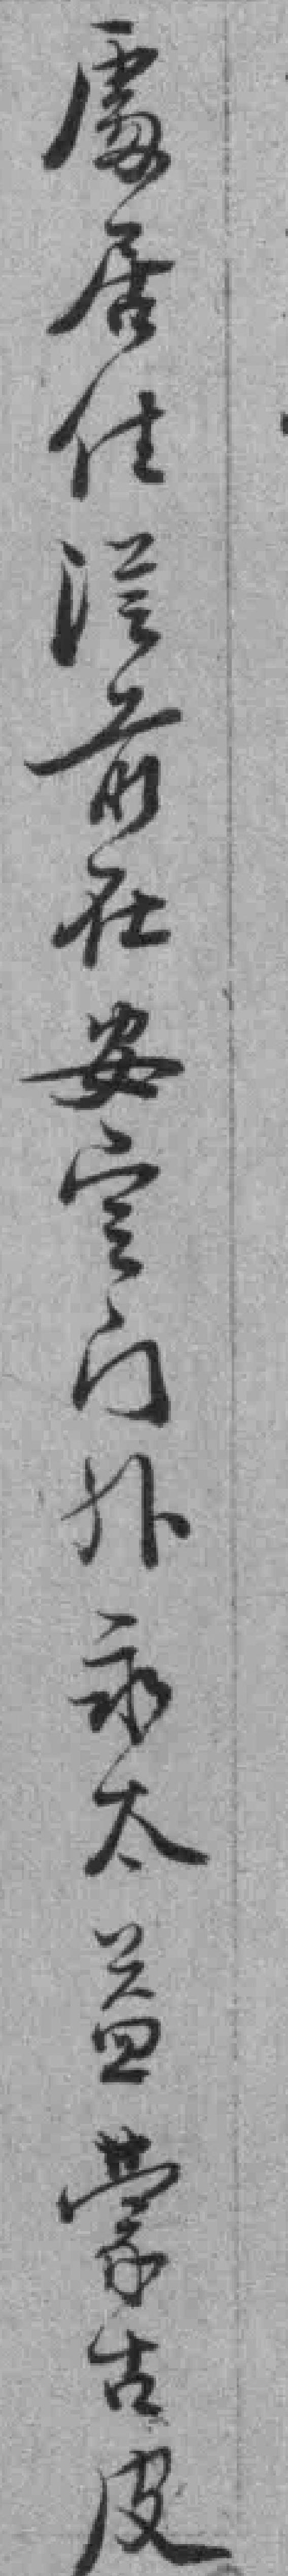
處居住*前在安㝎门外永太益蒙古及